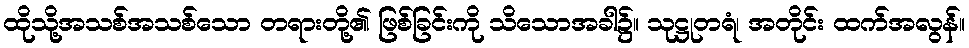
ထိုသို့အသစ်အသစ်သော တရားတို့၏ ဖြစ်ခြင်းကို သိသောအခါ၌။ သုဋ္ဌုတရံ၊ အတိုင်း ထက်အလွန်။